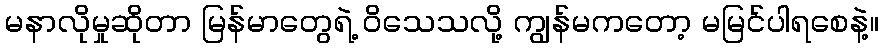
မနာလိုမှုဆိုတာ မြန်မာတွေရဲ့ ဝိသေသလို့ ကျွန်မကတော့ မမြင်ပါရစေနဲ့။